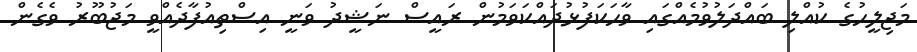
މަޖިލީހުގެ ކުއްލި ބައްދަލުވުމެއްގައި ވާހަކަފުޅުދައްކަވަމުން ރައީސް ނަޝީދު ވަނީ އިސްތިއުފާދެއްވީ މަޖުބޫރު ވެގެން